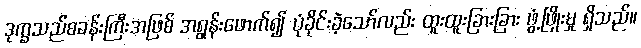
ဒုက္ခသည်စခန်းကြီးအဖြစ် အရွန်းဖောက်၍ ပုံခိုင်းခဲ့သော်လည်း ထူးထူးခြားခြား ဖွံ့ဖြိုးမှု ရှိသည်။